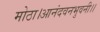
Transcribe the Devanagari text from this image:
मोठा।आनंदवनभुवनी।।